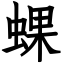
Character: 蜾